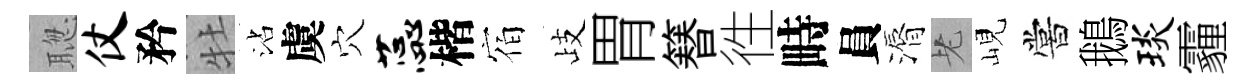
聦仗矜牡沾虞穴蕊楷宿歧胃簮徃畤員漘老峴嘗鵝琰霾